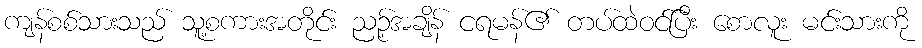
ကျန်စစ်သားသည် သူ့စကားအတိုင်း ညဉ့်အချိန် ငရမန်၏ တပ်ထဲဝင်ပြီး စောလူး မင်းသားကို